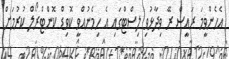
އެެހެންވީމަ ރައީސް ރޭ ވިދާޅުވި ލިސްޓްގައި އެ ހިމެނުއްވީ ކޮވިޑް ކޮންޓްރޯލް ކުރުމަށް